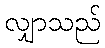
လျှာသည်